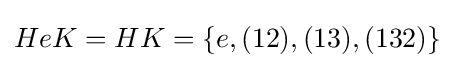
HeK=HK=\{e,(12),(13),(132)\}